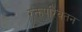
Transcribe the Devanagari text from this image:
रक्तपरिवतन